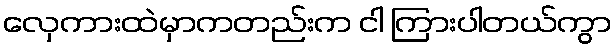
လှေကားထဲမှာကတည်းက ငါ ကြားပါတယ်ကွာ